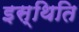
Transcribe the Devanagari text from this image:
इस्थिति